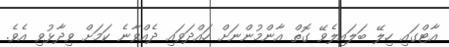
އާޓްގައި ހިލޭ ބަލައިލެވޭ ގޮތް އާންމުންނަށް ހައްދަވައި ދެއްވާނެ ކަމަށް ވިދާޅުވި އެވެ.